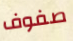
صفوف